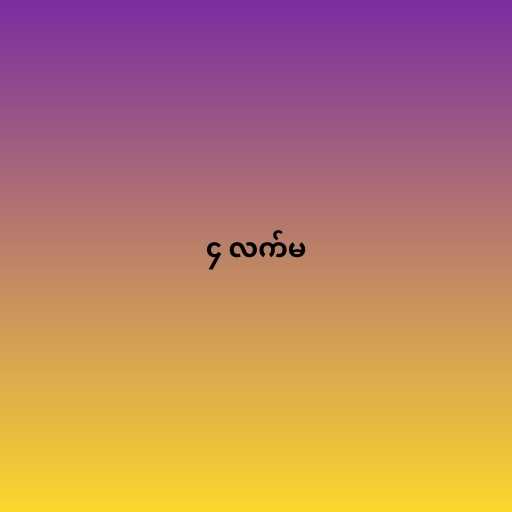
၄ လက်မ